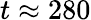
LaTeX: t\approx 280